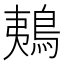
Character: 鴺